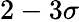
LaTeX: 2-3\sigma